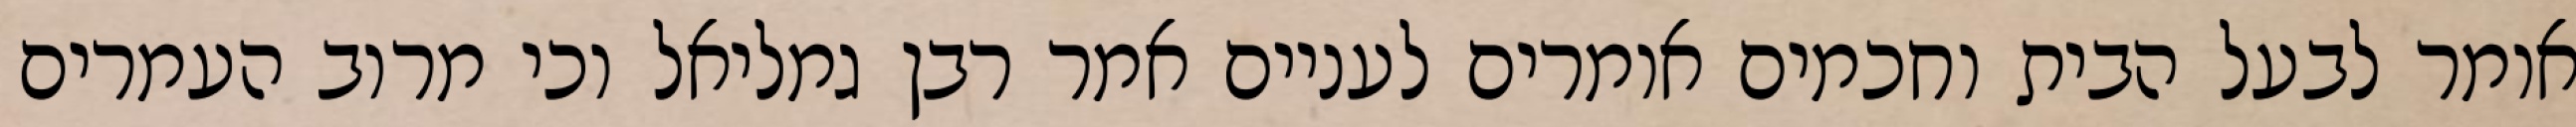
אומר לבעל הבית וחכמים אומרים לעניים אמר רבן גמליאל וכי מרוב העמרים